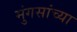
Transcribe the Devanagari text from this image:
मुंगसांच्या